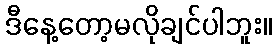
ဒီနေ့တော့မလိုချင်ပါဘူး။